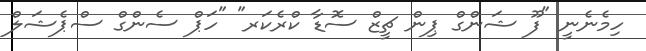
ހިމެނެނީ "ފޫ ޝަންގް ޕިން ޗީޒް ސޮޑާ ކްރެކަރ" "ހަޕް ސެންގް ސްޕެޝަލް